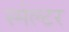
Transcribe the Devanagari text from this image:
स्मेल्टर